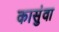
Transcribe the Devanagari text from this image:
कासुंवा